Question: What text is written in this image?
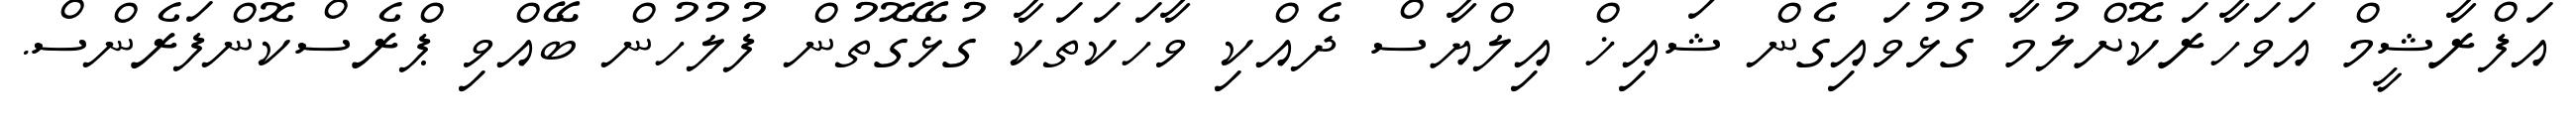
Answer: އަފްރާޝީމް އަވަހާރަކޮށްލުމާ ގުޅުވައިގެން ޝައިޚް އިލްޔާސް ދެއްކި ވާހަކަތަކާ ގުޅޭގޮތުން ފުލުހުން ބޭއްވި ޕްރެސްކޮންފަރެންސް.